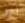
لي